Lunatic asylums Central Provinces reports 1895-1909 - 1895-1909
Year: 1895
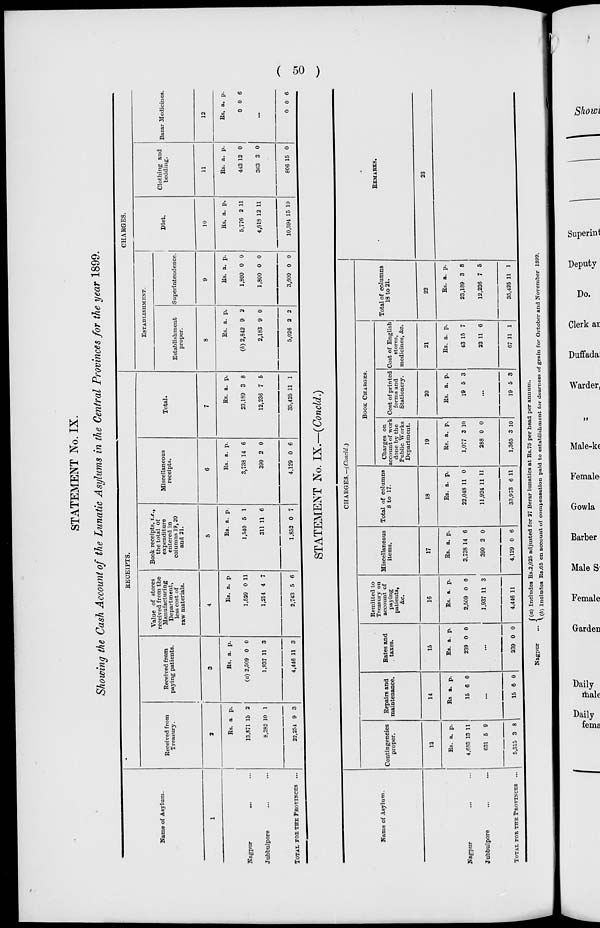
( 50 )
STATEMENT No. IX.
Showing the Cash Account of the Lunatic Asylums in the Central Provinces for the year 1899.
Name of Asylum.
1
Nagpur ... ...
Jubbulpore ... ...
TOTAL FOR THE PROVINCES ...
RECEIPTS.
Received from
Treasury.
2
Rs.
13,871
8,382
22,254
a.
15
10
9
p.
2
1
3
Received from
paying patients.
3
Rs.
(a) 2,509
1,937
4,446
a.
0
11
11
p.
0
3
3
Value of stores
received from the
Manufacturing
Department,
less cost of
raw materials.
4
Rs.
1,529
1,214
2,743
a.
0
4
5
p.
11
7
6
Book receipts, i.e.,
the total of
expenditure
entered in
columns 19,20
and 21.
5
Rs.
1,540
311
1,852
a.
5
11
0
p.
1
6
7
Miscellaneous
receipts.
6
Rs.
3,738
390
4,129
a.
14
2
0
p.
6
0
6
Total.
7
Rs.
23,189
12,236
35,425
a.
3
7
11
p.
8
5
1
CHARGES.
ESTABLISHMENT.
Establishment
proper.
8
Rs.
(b) 2,842
2,183
5,026
a.
9
9
2
p.
2
0
2
Superintendence.
9
Rs.
1,800
1,800
3,600
a.
0
0
0
p.
0
0
0
Diet.
10
Rs.
5,776
4,618
10,394
a.
2
12
15
p.
11
11
10
Clothing and
bedding.
11
Rs.
443
363
806
a.
12
3
15
p.
0
0
0
Bazar Medicines.
12
Rs.
0
a.
0
p.
6
...
0 0 6
STATEMENT No. IX.—(Concld.)
Name of Asylum.
Nagpur ... ...
Jubbulpore ... ...
TOTAL FOR THE PROVINCES ...
CHARGES.—(Concld.)
Contingencies
proper.
13
Rs.
4,683
631
5,315
a.
13
5
3
p.
11
9
8
Repairs and
maintenance.
14
Rs
15
a.
6
p.
0
...
15 6 0
Rates and
taxes.
15
Rs.
239
a.
0
p.
0
...
239 0 0
Remitted to
Treasury on
account of
paying
patients,
&c.
16
Rs.
2,509
1,937
4,446
a.
0
11
11
p.
0
3
Miscellaneous
items.
17
Rs.
3,738
390
4,129
a.
14
2
0
p.
6
0
6
Total of columns
8 to 17.
18
Rs.
22,048
11,924
33,973
a.
11
11
6
p.
0
11
11
BOOK CHARGES.
Charges on
account of work
done by the
Public Works
Department.
19
Rs.
1,077
288
1,365
a.
3
0
3
p.
10
0
10
Cost of printed
forma and
Stationery.
20
Rs.
19
a.
5
p.
3
...
19 5 3
Cost of English
stores,
medicines, &c.
21
Rs.
43
23
67
a.
15
11
11
p.
7
6
1
Total of columns
18 to 21.
22
Rs.
23,189
12,236
35,425
a.
3
7
11
p.
8
5
1
REMARKS.
23
Nagpur
...
(a) Includes Rs.2,025 adjusted for 27 Berar lunatics at Rs.75 per head per annum.
(b) Includes Rs.65 on account of compensation paid to establishment for dearness of grain for October and November 1899.